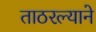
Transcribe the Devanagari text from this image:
ताठरल्याने